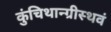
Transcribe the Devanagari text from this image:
कुंचिथान्ग्रीस्थवं